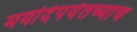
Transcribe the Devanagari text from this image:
मर्यादेपर्यतच्याच